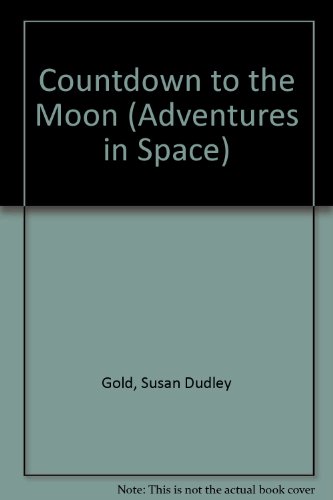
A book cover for Countdown to the Moon (Adventures in Space Series); Susan Dudley Gold; Children's Books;